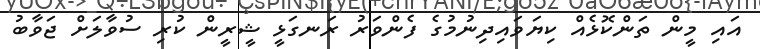
އައި މީން ތަންކޮޅެއް ކިޔަވައިދިނުމުގެ ފެންވަރު ރަނގަޅީ ޝީރީން ކުރި ސުވާލަށް ޖަވާބު